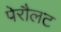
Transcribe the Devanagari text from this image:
पेरौलट